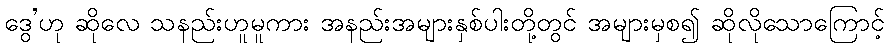
ဒွေ’ဟု ဆိုလေ သနည်းဟူမူကား အနည်းအများနှစ်ပါးတို့တွင် အများမှစ၍ ဆိုလိုသောကြောင့်